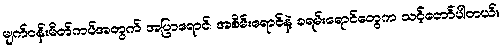
မျက်ဝန်းမိတ်ကပ်အတွက် အပြာရောင်၊ အစိမ်းရောင်နဲ့ ခရမ်းရောင်တွေက သင့်တော်ပါတယ်။